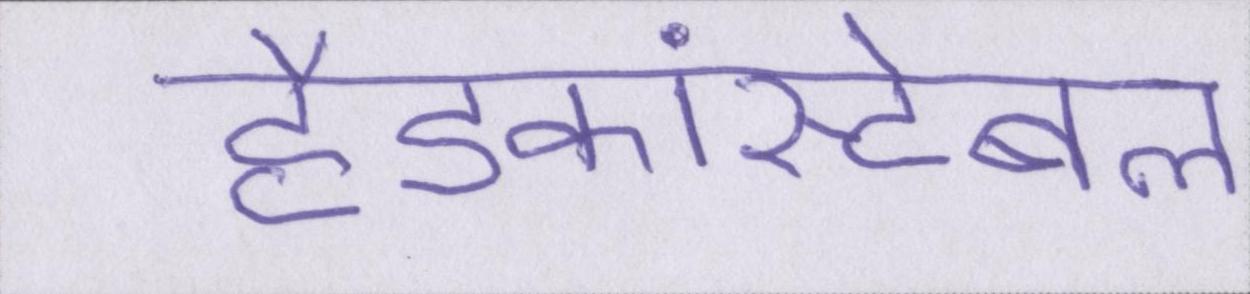
हैडकांस्टेबल